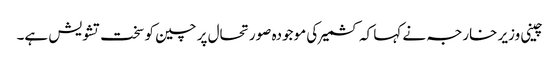
چینی وزیر خارجہ نے کہا کہ کشمیر کی موجودہ صورتحال پر چین کو سخت تشویش ہے۔